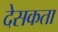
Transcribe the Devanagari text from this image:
देसकता